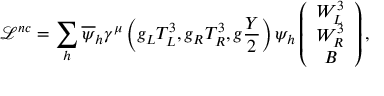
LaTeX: \mathcal { L } ^ { n c } = \sum _ { h } \overline { { { \psi } } } _ { h } \gamma ^ { \mu } \left( g _ { L } T _ { L } ^ { 3 } , g _ { R } T _ { R } ^ { 3 } , g \frac { Y } { 2 } \right) \psi _ { h } \left( \begin{array} { c } { { W _ { L } ^ { 3 } } } \\ { { W _ { R } ^ { 3 } } } \\ { { B } } \end{array} \right) ,